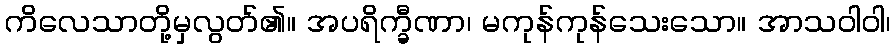
ကိလေသာတို့မှလွတ်၏။ အပရိက္ခီဏာ၊ မကုန်ကုန်သေးသော။ အာသဝါဝါ၊